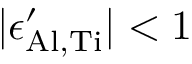
| \epsilon _ { \mathrm { A l , T i } } ^ { \prime } | < 1